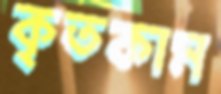
কৃতকাম